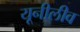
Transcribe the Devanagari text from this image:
यूनीलीव